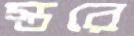
স্তরে